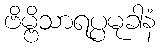
ဗိမ္ဗိသာရပ္ပမုခါနံ